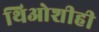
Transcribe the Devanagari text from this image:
थिओशीही